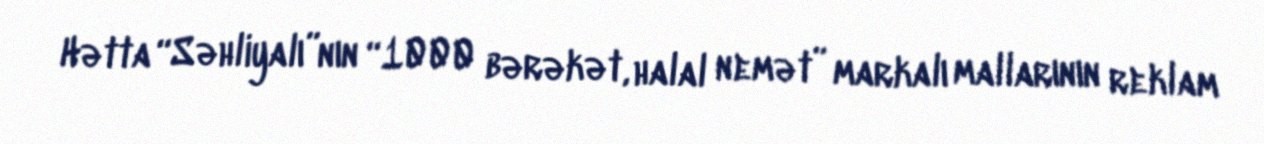
Hətta “Səhliyalı”nın “1000 bərəkət, halal nemət” markalı mallarının reklam